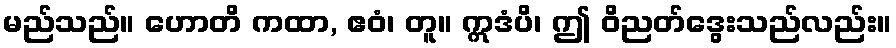
မည်သည်။ ဟောတိ ကထာ, ဧဝံ၊ တူ။ ဣဒံပိ၊ ဤ ဝိညတ်ဒွေးသည်လည်း။